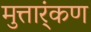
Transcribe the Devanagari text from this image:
मुत्तार्ंकण